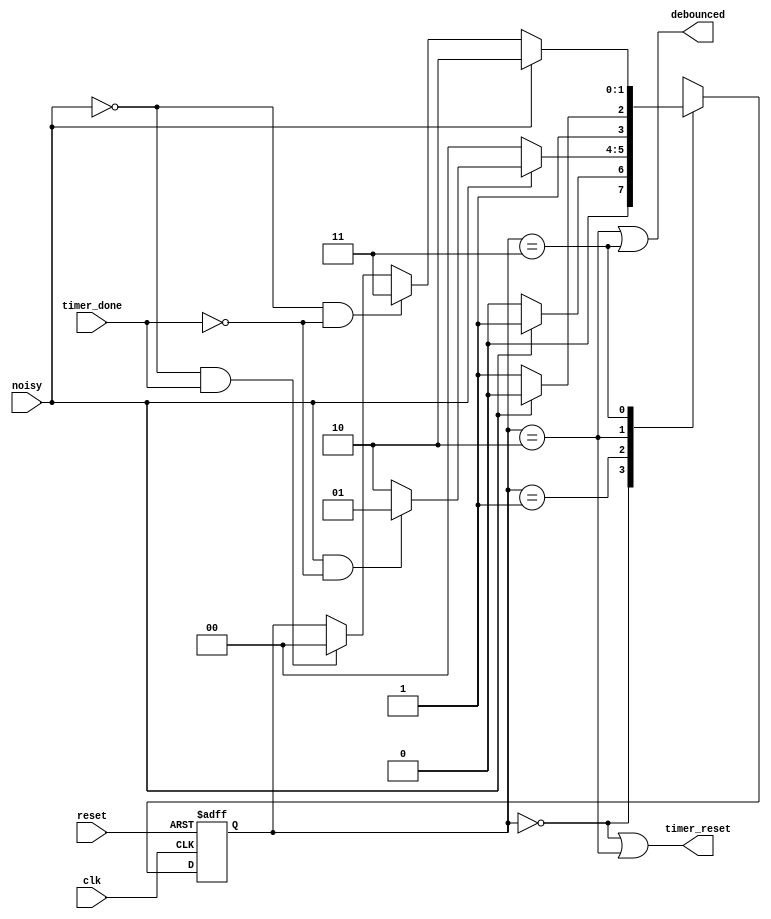
`timescale 1ns / 1ps
//////////////////////////////////////////////////////////////////////////////////
// Company: 
// Engineer: 
// 
// Design Name: 
// Module Name:    debounce_controlpath 
// Project Name: 
// Target Devices: 
// Tool versions: 
// Description: 
//
// Dependencies: 
//
// Revision: 
// Revision 0.01 - File Created
// Additional Comments: 
//
//////////////////////////////////////////////////////////////////////////////////
module debounce_controlpath(
input clk,reset,
input noisy,
input timer_done,
output debounced,
output timer_reset
    );

reg [1:0] current_state,next_state;
parameter   s0=0,
		s1=1,
		s2=2,
		s3=3;
		
//current state

always @(posedge clk,posedge  reset)
begin
	if(reset)
		current_state<=s0;
	else
		current_state<=next_state;
end		

// fsm

always @(*)
begin
	next_state=current_state;
	case(current_state)
		s0:	if(~noisy) 
				next_state=s0;
			else if(noisy)
				next_state=s1;
		
		s1:	if(~noisy) 
				next_state=s0;
			else if(noisy & ~timer_done)
				next_state=s1;
				//timer_reset=0;
			else
				next_state=s2;
		s2:	if(~noisy) 
				next_state=s3;
			else if(noisy )
				next_state=s2;
				//debounced=1;
				//clear_timer
		s3:	if(noisy) 
				next_state=s2;
			else if(~noisy & ~timer_done)
				next_state=s3;
			else if(~noisy & timer_done)
				next_state=s0;
		default: next_state=s0;		
	endcase
end

// output logic 
assign timer_reset=(current_state ==s0)|(current_state ==s2);
assign debounced=(current_state ==s2)|(current_state ==s3) ;


endmodule